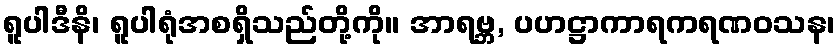
ရူပါဒီနိ၊ ရူပါရုံအစရှိသည်တို့ကို။ အာရဗ္ဘ, ပဟဋ္ဌာကာရကရဏဝသန၊